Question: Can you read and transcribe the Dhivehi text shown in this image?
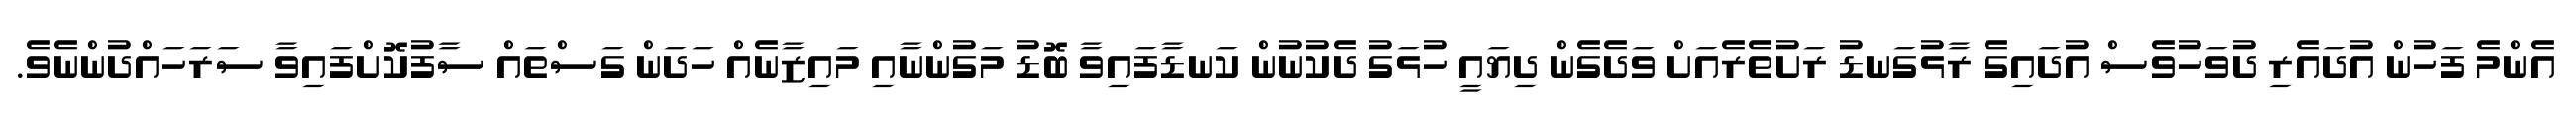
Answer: އެންމެ ފަހުން އުދައެރި ދުވަހުވެސް އުދައިގެ ރާޅުގަނޑު ރަށުތެރެއަށް ވަދެގެން ދިޔައީ ހުޅަގު ދެކުނުން ކަނޑާފައިވާ ބޮޑު މަގުންނާއި މައިޒާނެއް ހަދަން ގަސްތައް ސާފުކޮށްފައިވާ ސަރަހައްދުންނެވެ.